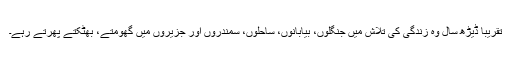
تقریباً ڈیڑھ سال وہ زندگی کی تلاش میں جنگلوں، بیابانوں، ساحلوں، سمندروں اور جزیروں میں گھومتے، بھٹکتے پھرتے رہے۔